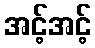
အင့်အင့်